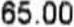
65.00